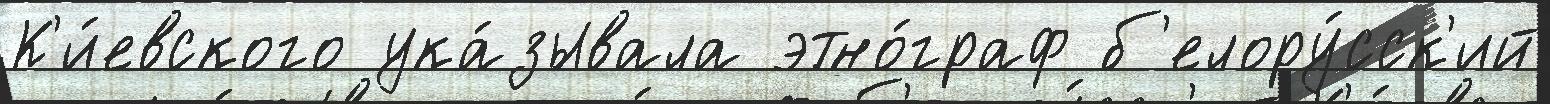
К'и́евского ука́зывала этно́граф б'елору́сск'ий